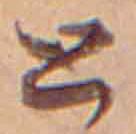
と